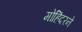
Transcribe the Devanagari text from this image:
मोहिंदरने